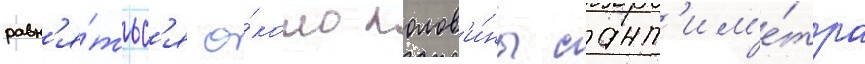
равн'я́тьс'я о́коло полов'и́ны сант'им'е́тра